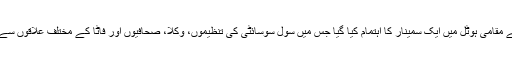
جمعرات کو پشاور میں تکڑہ قبائلی خویندے کی جانب سے مقامی ہوٹل میں ایک سمینار کا اہتمام کیا گیا جس میں سول سوسائٹی کی تنظیموں، وکلا، صحافیوں اور فاٹا کے مختلف علاقوں سے تعلق رکھنے والی خواتین نے کثیر تعداد میں شرکت کی۔